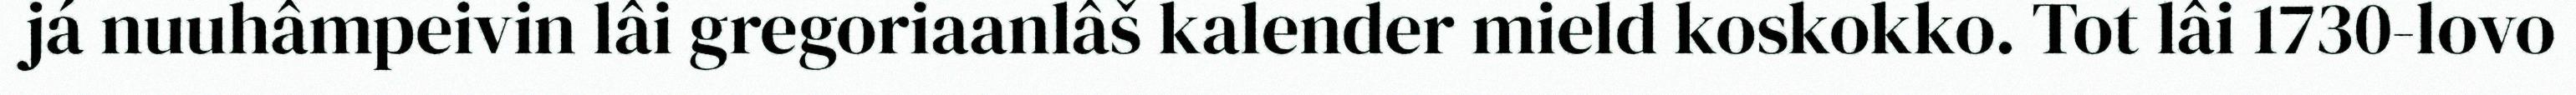
já nuuhâmpeivin lâi gregoriaanlâš kalender mield koskokko. Tot lâi 1730-lovo